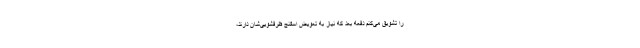
را تشویق می‌کنم دفعه بعد که نیاز به تعویض اسفنج ظرفشویی‌شان دارند،